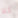
كلا